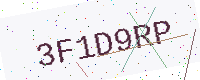
Text: 3F1D9RP